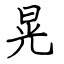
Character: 晃